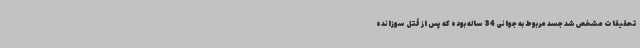
تحقیقات مشخص شد جسد مربوط به جوانی 34 ساله بوده که پس از قتل سوزانده